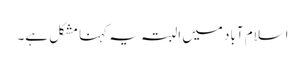
اسلام آباد میں البتہ یہ کہنا مشکل ہے۔